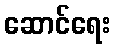
ဆောင်ရေး